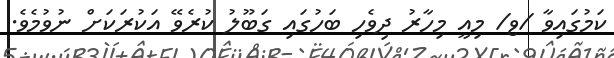
ކަމުގައިވާ /ޱ/ މިއީ މިހާރު ދިވެހި ބަހުގައި ގަބޫލު ކުރެވޭ އަކުރަކަށް ނުވުމެވެ.